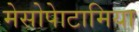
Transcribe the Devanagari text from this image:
मेसोपेाटामिया